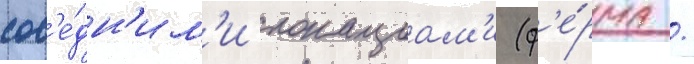
сос'е́дн'им'и локациам'и (ф'е́рма /